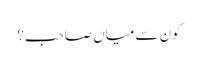
کون سے میاں صاحب؟